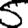
Digit: 5